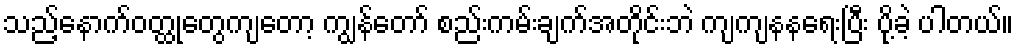
သည့်နောက်ဝတ္ထုတွေကျတော့ ကျွန်တော် စည်းကမ်းချက်အတိုင်းဘဲ ကျကျနနရေးပြီး ပို့ခဲ့ ပါတယ်။